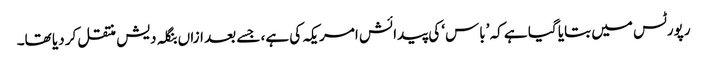
رپورٹس میں بتایا گیا ہے کہ ’باس‘ کی پیدائش امریکہ کی ہے، جسے بعد ازاں بنگلہ دیش منتقل کر دیا تھا۔